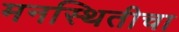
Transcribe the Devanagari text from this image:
मनस्थितीचा